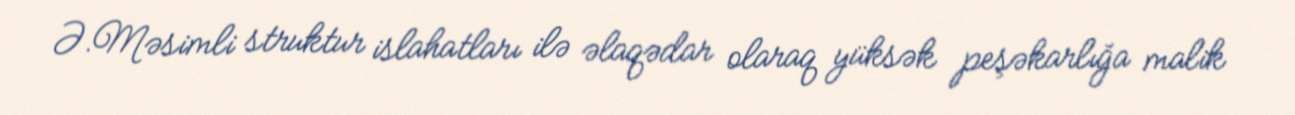
Ə.Məsimli struktur islahatları ilə əlaqədar olaraq yüksək peşəkarlığa malik